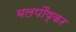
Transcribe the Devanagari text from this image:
बलपौष्कर